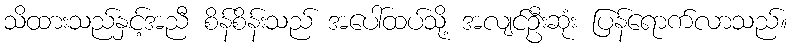
သိထားသည်နှင့်အညီ စိန်စိန်းသည် အပေါ်ထပ်သို့ အလျင်ဦးဆုံး ပြန်ရောက်လာသည်။